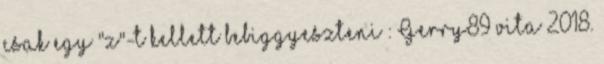
csak egy "z"-t kellett bebiggyeszteni : Gerry89 vita 2018.